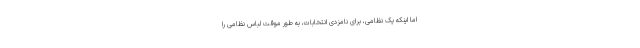
اما اینکه یک نظامی، برای نامزدی انتخابات، به طور موقت لباس نظامی را